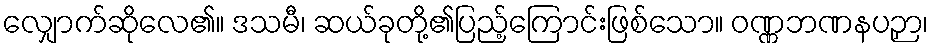
လျှောက်ဆိုလေ၏။ ဒသမီ၊ ဆယ်ခုတို့၏ပြည့်ကြောင်းဖြစ်သော။ ဝဏ္ဏဘဏနပဉှာ၊